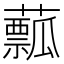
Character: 䕯